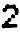
2